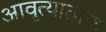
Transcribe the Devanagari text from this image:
आवृत्यात्मक